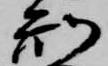
刑